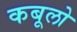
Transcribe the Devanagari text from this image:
कबूलो